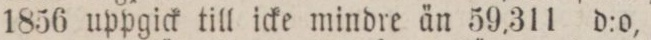
1856 uppgick till icke mindre än 59,311 d:o,